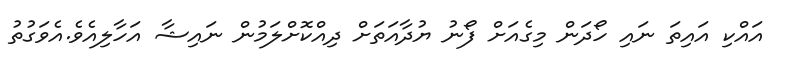
އައްކި އައިތަ ނައި ހޯދަން މިގެއަށް ފޯނު ޔުދާއަތަށް ދިއްކޮށްލަމުން ނައިޝާ އަހާލިއެވެ.އެވަގުތު